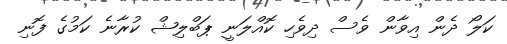
ކަލޯ ދެން އިވާން ވެސް ދިވެހި ކޮއްލަނީ ޕަބްލިޝް ކުރާނެ ކަމުގެ ފޮނި